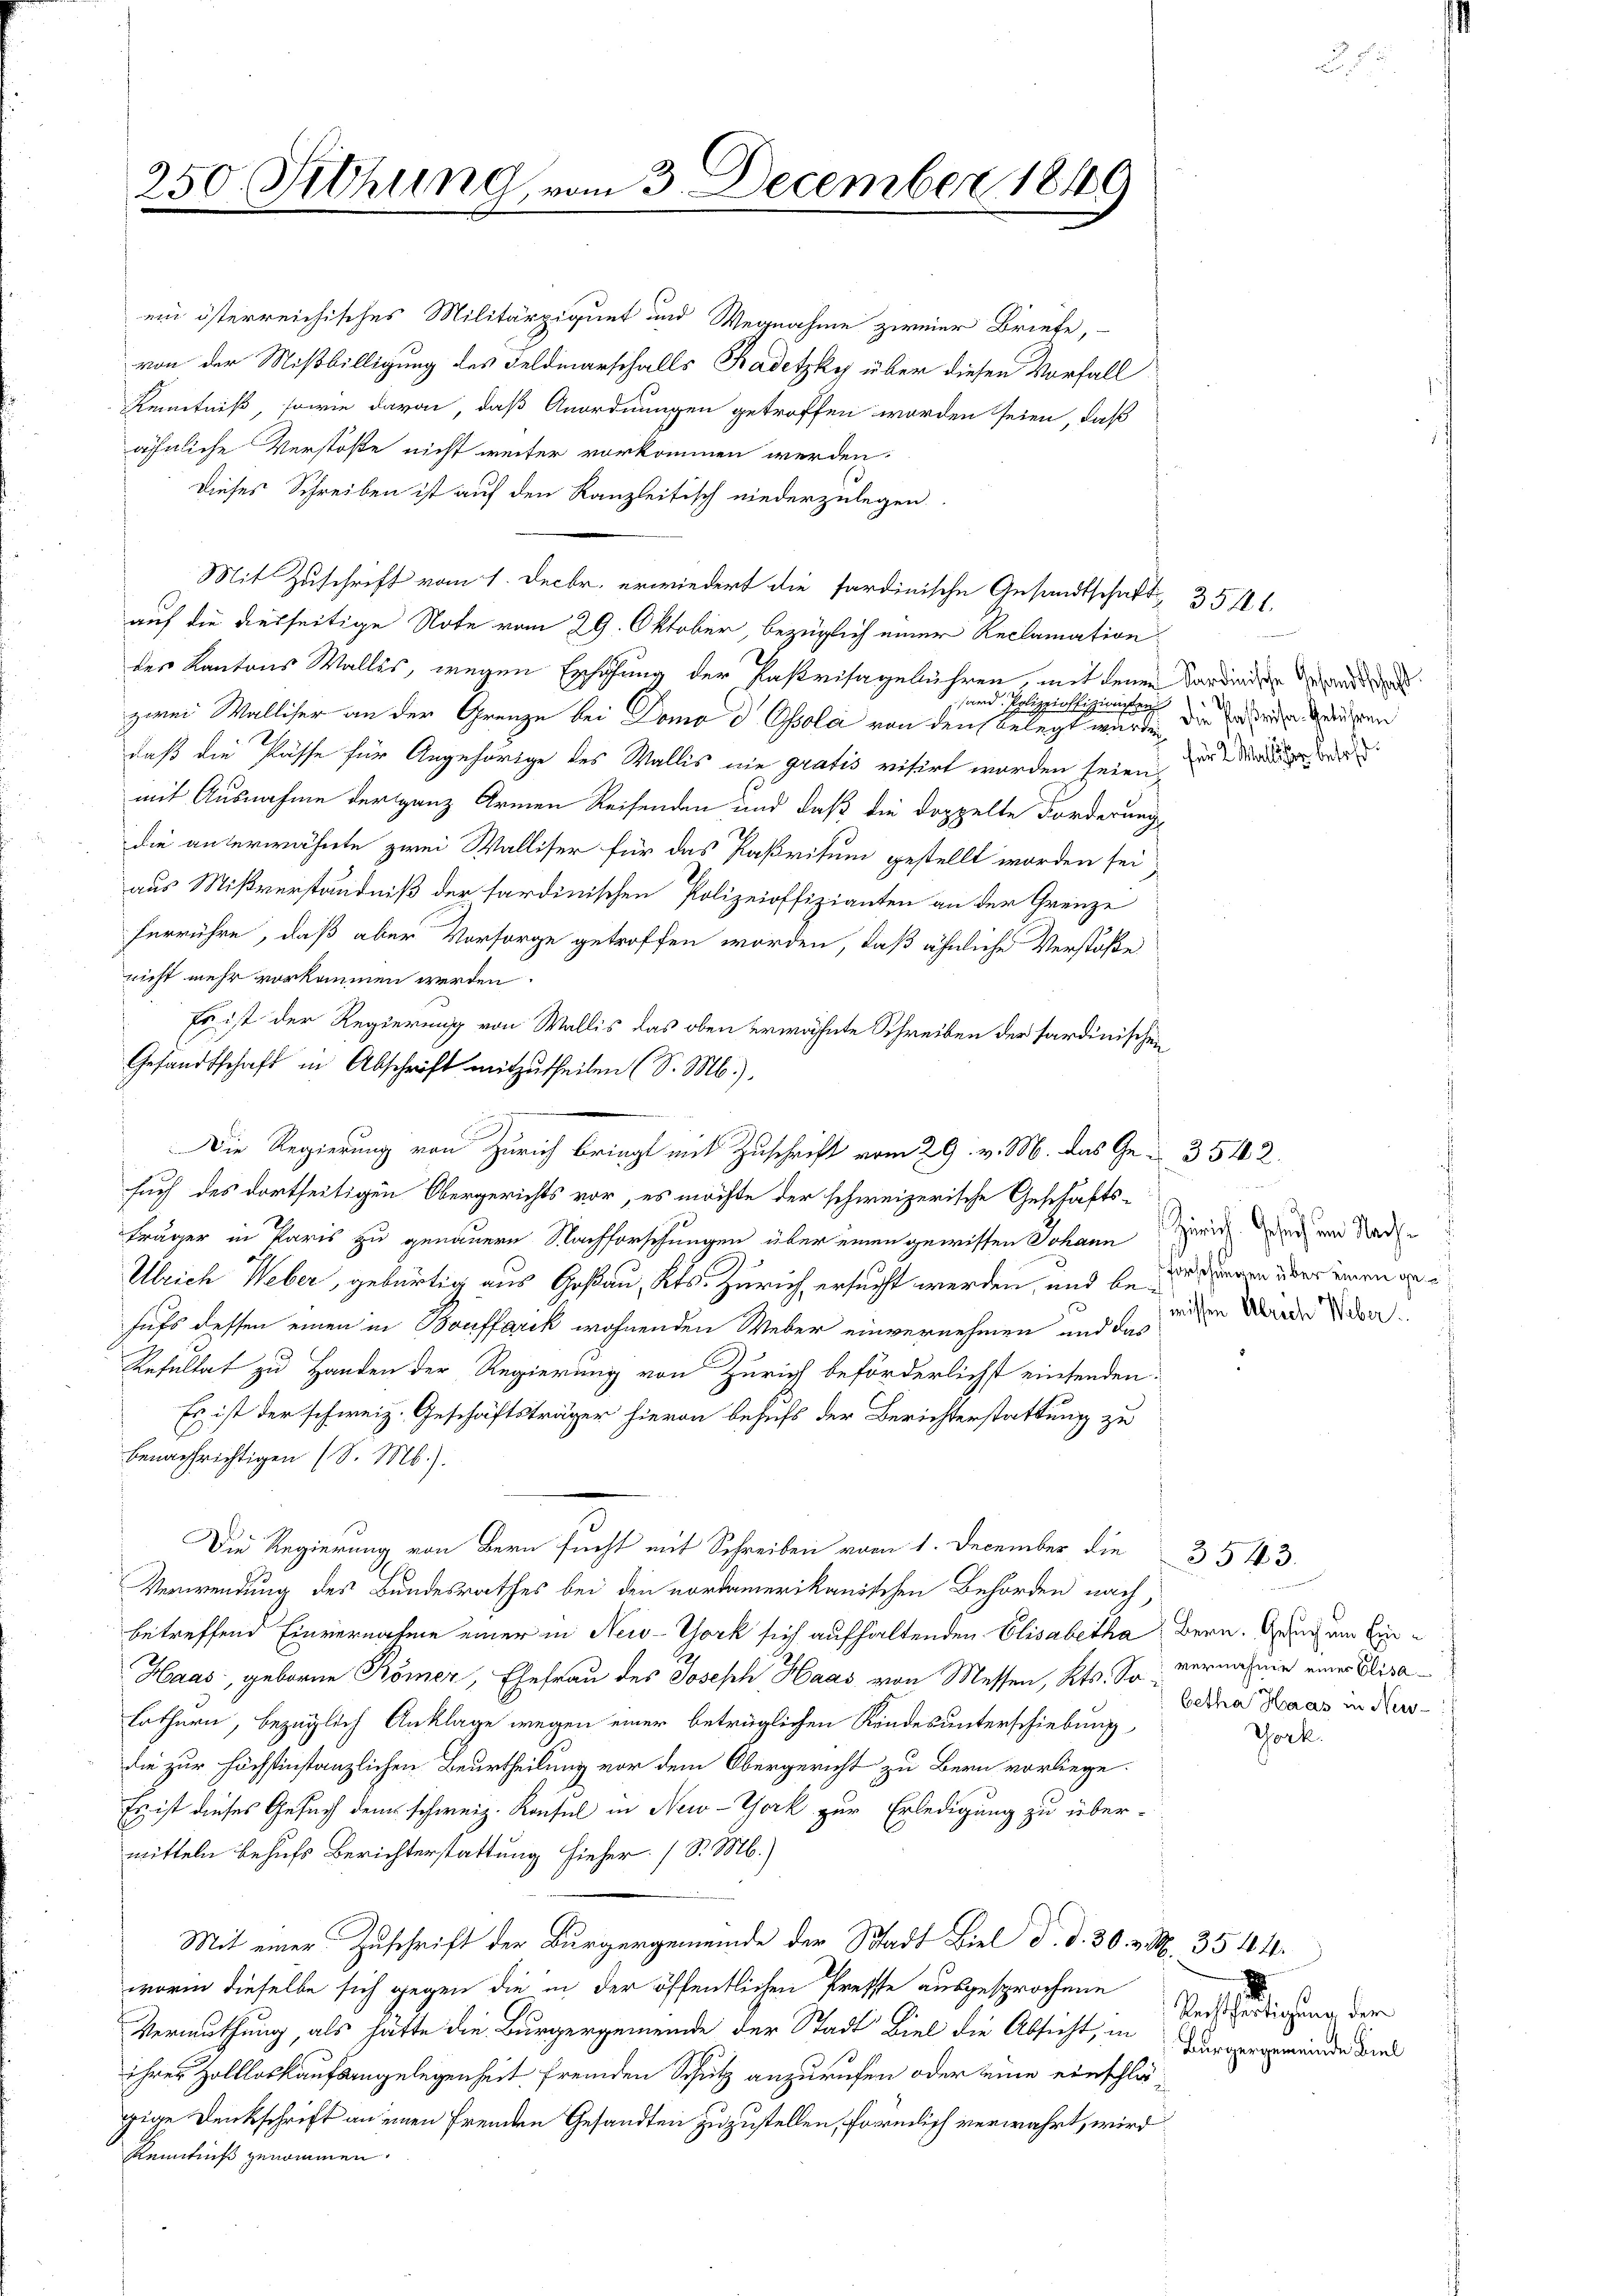
250. Sitzung vom 3. December 1849

ein österreichisches Militärziquet und Wegnahme zweier Briefe,
von der Mißbilligung des Feldmarschalls Kadetzky über diesen Vorfall
Kenntniß, sowie davon, daß Anordnungen getroffen worden seien, daß
ähnliche Verstöße nicht weiter vorkommen werden.
Dieses Schreiben ist auf den Kanzleitisch niederzulegen.
Mit Zuschrift vom 1. Decbr. erwiedert die sardinische Gesandtschaftauf die diesseitige Note vom 29. Oktober, bezüglich einer Reclamation
der Kantons Wallis, wegen Erhöhung der Parisagebühren, mit denen Sardinden
sand. Polizzioff.
nzchen
zwei Walliser an der Grenze bei Domo d. Psola von den belegt wurde die in den genen
daß die Pässe für Angehörige des Wallis nie gratis visirt worden seien, u de
mit Ausnahme der ganz Armen Reisenden und daß die doppelte Forderung,
die unterwähnte zwei Walliser für das Paßritum gestellt worden sei
aus Mißverständniß der sardinischen Polizeioffizianten an der Grenze
herrühre, daß aber Vorsorge getroffen worden, daß ähnliche Verstöße
nicht mehr vorkommen werden.
Gesandtschaft in Abschrift mitzutheilen (S. M.).
träger in Paris zu genauern Nachforschungen über einen gewissen Johann wir und am Nade
Ulrich Weber, gebürtig aus Goßau, Kts. Zürich ersucht werden, und beigen über einen an
hufs dessen einen in Bouffarik wohnenden Weber einvernehmen und das
Resultat zu Handen der Regierung von Zürich beförderlichst einsenden:
Es ist der schweiz. Geschäftsträger hievon behufs der Berichterstattung zu
benachrichtigen (S. M.).
1
Die Regierung von Bern sucht mit Schreiben vom 1. December, die
Verwendung des Bundesrathes bei den nordamerikanischen Behörden nach,
betreffend Einvernahme einer in New-York sich aufhaltenden Elisabetha Bern. Genug um Ein¬
Haas, geboren Römer, Ehefrau des Joseph Haas von Messen, Kts. So vernahme eines Bisalothurn, bezüglich Anklage wegen einer betrüglichen Kindesunterschiebung
die zur höchstinstanzlichen Beurtheilung vor dem Obergericht zu Bern vorliege.
Es ist dieses Gesuch dem schweiz. Konsul in New-York zur Erledigung zu über-
mitteln behufs Berichterstattung hieher. (S. M.)
Mit einer Zuschrift der Bürgergemeinde der Stadt Biel d. d. 30. v. M. 3544.
worin dieselbe sich gegen die in der öffentlichen Kreffe ausgesprochene
Vermuthung, als hätte die Bürgergemeinde der Stadt Biel die Absicht, in Aeroperminde die
ihrer Zollloskaufsangelegenheit fremden Schutz anzurufen oder eine einschlägige Denkschrift an einen fremden Gesandten zuzustellen, förmlich verwahrt, wird
Kenntniß genommen.

Es ist der Regierung von Wallis das oben erwähnte Schreiben der sardinischen
Die Regierung von Zürich bring mit Zuschrift vom 29. v. M. das Ge- 3542.
such des dortseitigen Obergerichts vor, es möchte der schweizerische Geschäfts-

d

3541.

missen Ulrich Weber.

betha Haas in Neu-

3543.

Gork.

d
Rechtfertigung der